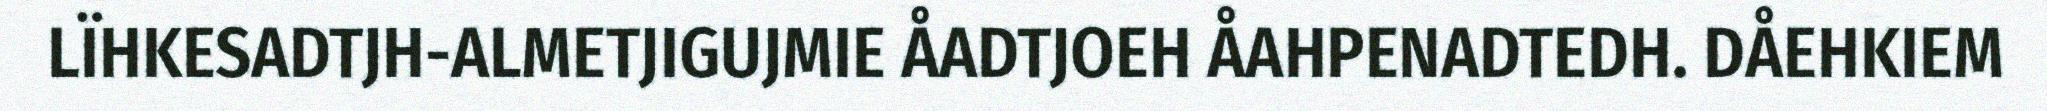
LÏHKESADTJH-ALMETJIGUJMIE ÅADTJOEH ÅAHPENADTEDH. DÅEHKIEM